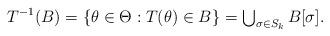
LaTeX: \begin{align*}T^{-1}(B) = \{\theta\in\Theta : T(\theta)\in B\} = \textstyle\bigcup_{\sigma\in S_k} B[\sigma].\end{align*}